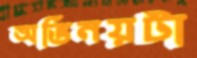
অভিনয়টা